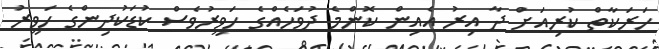
ހަރަކާތް ކުރިއަށް ދާ އިރު އެއިން ކޮންމެ ދުވަހެއްގެ ހަވީރުވެސް ކުޑަކުދިންގެ ހަވީރު